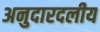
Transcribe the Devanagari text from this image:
अनुदारदलीय